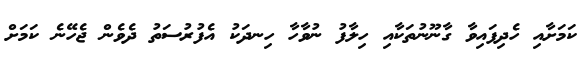
ކަމަށާއި ހެދިފައިވާ ގާނޫނުތަކާއި ހިލާފު ނުވާހާ ހިނދަކު އެފުރުސަތު ދެވެން ޖެހޭނެ ކަމަށް